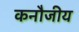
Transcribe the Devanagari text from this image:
कनौजीय